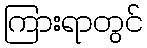
ကြားရာတွင်